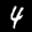
Label: 4